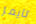
تايمز